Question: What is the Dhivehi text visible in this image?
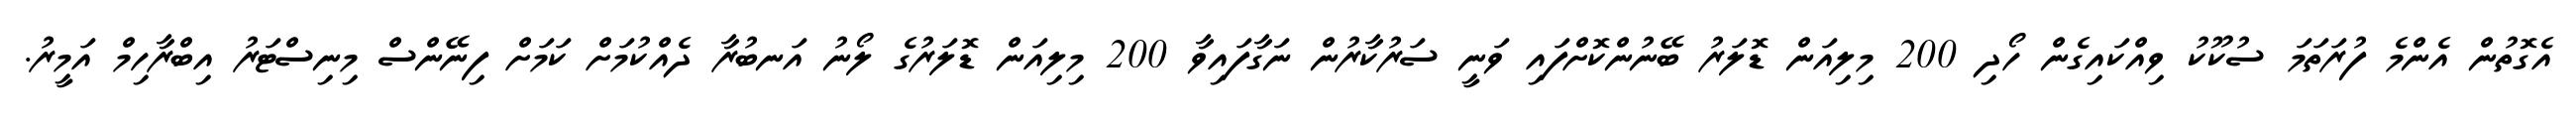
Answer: އެގޮތުން އެންމެ ފުރަތަމަ ސުކޫކު ވިއްކައިގެން ހޯދި 200 މިލިއަން ޑޮލަރު ބޭނުންކޮށްފައި ވަނީ ސަރުކާރުން ނަގާފައިވާ 200 މިލިއަން ޑޮލަރުގެ ލޯނު އަނބުރާ ދެއްކުމަށް ކަމަށް ފިނޭންސް މިނިސްޓަރު އިބްރާހިމް އަމީރު.